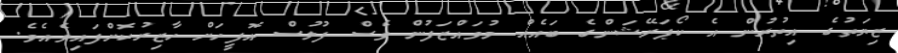
ޒިޔަތުގެ އިތުރުން އެ ކޯޕަރޭޝަންގެ ބައެއް މުވައްޒަފުން ވެސް ފުލުސް އޮފީހަށް ހާޒިރުކޮށްފައިވެއެވެ.